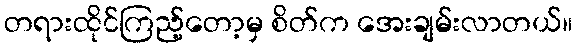
တရားထိုင်ကြည့်တော့မှ စိတ်က အေးချမ်းလာတယ်။